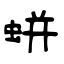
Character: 蛢